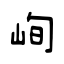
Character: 峋